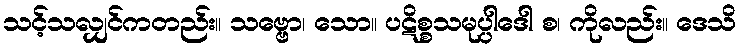
သင့်သလျှင်ကတည်း။ သဗ္ဗော၊ သော။ ပဋိစ္စသမုပ္ပါဒေါ စ၊ ကိုလည်း။ ဒေသိ